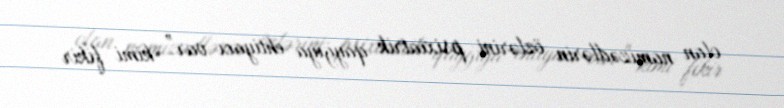
olan namizədlərin özlərini psixiatrik qayğıya ehtiyacı var” kimi fikir